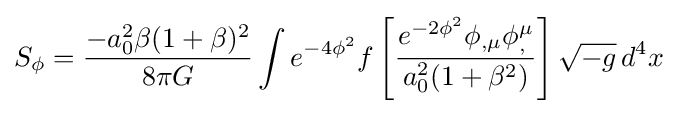
S_{\phi }={\dfrac {-a_{0}^{2}\beta (1+\beta )^{2}}{8\pi G}}\int e^{-4\phi ^{2}}f\left[{\dfrac {e^{-2\phi ^{2}}\phi _{,\mu }\phi _{,}^{\mu }}{a_{0}^{2}(1+\beta ^{2})}}\right]{\sqrt {-g}}\,d^{4}x